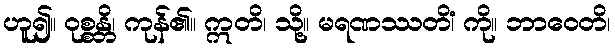
ဟူ၍။ ဝုစ္စန္တိ၊ ကုန်၏။ ဣတိ၊ သို့။ မရဏဿတိံ၊ ကို။ ဘာဝေတိ၊